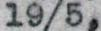
19/5,